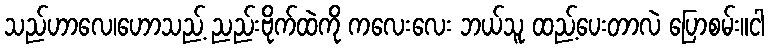
သည်ဟာလေ၊ဟောသည့် ညည်းဗိုက်ထဲကို ကလေးလေး ဘယ်သူ ထည့်ပေးတာလဲ ပြောစမ်း။ငါ